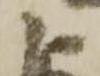
よ